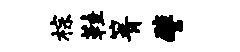
棕鞋箐譬